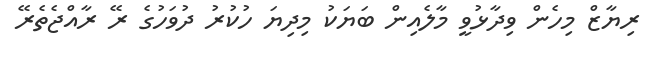
ރިޔާޒް މިހެން ވިދާޅުވީ މާލެއިން ބަޔަކު މިދިޔަ ހުކުރު ދުވަހުގެ ރޭ ރާއްޖެތެރޭ